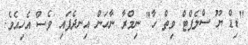
"ޑިޑް ޔޫ ސްލެޕްޓް ވިތް ހާ" ނިމްރާ ނާހަން އިނދެފައި ވެސް އެހިއެވެ.